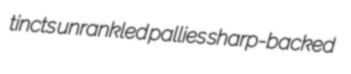
tincts unrankled pallies sharp-backed